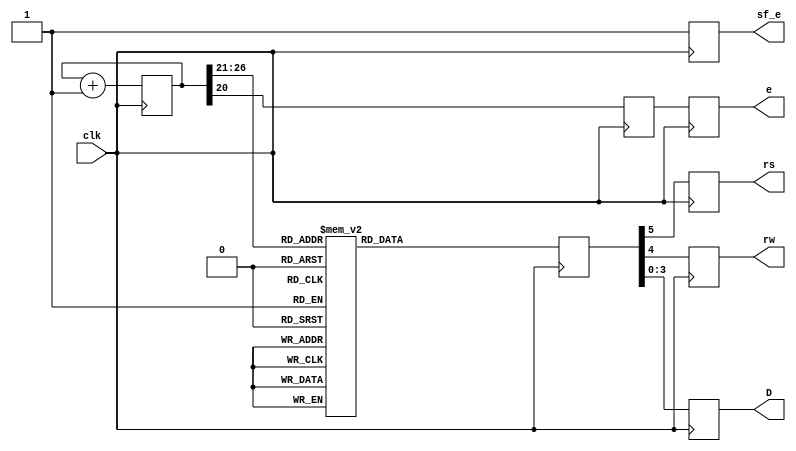
`timescale 1ns / 1ps
//////////////////////////////////////////////////////////////////////////////////
// Company: 
// Engineer: 
// 
// Design Name: 
// Module Name:    display 
// Project Name: 
// Target Devices: 
// Tool versions: 
// Description: 
//
// Dependencies: 
//
// Revision: 
// Revision 0.01 - File Created
// Additional Comments: 
//
//////////////////////////////////////////////////////////////////////////////////

module display(
 input clk, // pin C9 is the 50-MHz on-board clock
 
 output reg sf_e, // 1 LCD access (0 strataFlash access)
 output reg e, // enable (1)
 output reg rs,// Register Select (1 data bits for R/W)
 output reg rw,// Read/Write 1/0
 output reg [3:0]D
);

reg [26:0] count = 0;	// 27-bit count, 0-(128M-1), over 2 secs
reg [5:0] code;	// 6-bits different signals to give out
reg refresh;	// refresh LCD rate @ about 25Hz

always @ (posedge clk) begin
count <= count + 1;

case (count [26:21])	// as top 6 bits change
	// Initialization
	0: code <= 6'h03;
	1: code <= 6'h03;
	2: code <= 6'h03;
	3: code <= 6'h02;	
	
	// Function Set -- Send 00 and upper nibble 0010, then 00 and lower nibble 10xx
	4: code <= 6'h02; // Function Set, upper nibble 0010 
	5: code <= 6'h08; // lower nibble 1000 (10xx)
	
	// Entry Mode -- send 00 and upper nibble: I/D bit (Incr 1, Decr 0), S bit (Shift 1, 0 no) 
	6: code <= 6'h00; 
	7: code <= 6'h06; 
	
	// Display On/Off 
	// send 00 and upper nibble 0000, then 00 and lower nibble 1 DCB 
	// D: 1, show char represented by code in DDR, 0 don't, but code remains 
	// C: 1, show cursor, 0 don't 
	// B: 1, cursor blinks (if shown), 0 don't blink (if shown) 
	8: code <= 6'h00; // Display On/Off, upper nibble 0000 
	9: code <= 6'h0C; // lower nibble 1111 (1 D C B)
	
	// Clear Display, 00 and upper nibble 0000, 00 and lower nibble 0001 
	10: code <= 6'h00; 
	11: code <= 6'h01; 
	
	// Chararters are then given out, the cursor will advance to the right 
	
	12: code <= 6'h24; // 'C' high nibble 
	13: code <= 6'h23; // 'C' low nibble 
	14: code <= 6'h26; // o 
	15: code <= 6'h2F; 
	16: code <= 6'h26; // m 
	17: code <= 6'h2D; 
	18: code <= 6'h27; // p 
	19: code <= 6'h20;
	20: code <= 6'h25; // u 
	21: code <= 6'h2F;
	22: code <= 6'h27; // t 
	23: code <= 6'h24;
	24: code <= 6'h26; // e 
	25: code <= 6'h25;
	26: code <= 6'h27; // r 
	27: code <= 6'h22;    
	28: code <= 6'b001100; // pos cursor to 2nd line upper nibble 
	29: code <= 6'b000000; // lower nibble: h0 
	
	// Characters are then given out, the cursor will advance to the right 
	//next line
	30: code <= 6'h24; // O 
	31: code <= 6'h2F; 
	32: code <= 6'h27; // r 
	33: code <= 6'h22; 
	34: code <= 6'h26; // g 
	35: code <= 6'h27; 
	36: code <= 6'h26; // a 
	37: code <= 6'h21; 
	38: code <= 6'h26; // n 
	39: code <= 6'h2E; 
	40: code <= 6'h26; // i
	41: code <= 6'h29; 
	42: code <= 6'h27; // z
	43: code <= 6'h2A; 
	44: code <= 6'h26; // a
	45: code <= 6'h21; 
	46: code <= 6'h27; // t
	47: code <= 6'h24; 
	48: code <= 6'h26; // i
	49: code <= 6'h29; 
	50: code <= 6'h26; // o
	51: code <= 6'h2F; 
	52: code <= 6'h26; // n 
	53: code <= 6'h2E; 
	
	
	default: code <= 6'h10; // the rest unused time 
endcase 
// refresh (enable) the LCD when bit 20 of the count is 1 
refresh <= count[ 20 ]; 
sf_e <= 1;
 e <= refresh; 
rs <= code[5]; 
rw <= code[4]; 
D[3] <= code[3]; 
D[2] <= code[2];  
D[1] <= code[1];
D[0] <= code[0]; 

end

endmodule